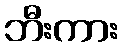
ဘီးကား